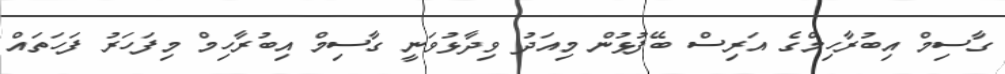
ގާސިމް އިބުރާހިމްގެ އަރިސް ބޭފުޅުން މިއަދު ވިދާޅުވަނީ ގާސިމް އިބުރާހިމް މިފަހަރު ފަހަތައް